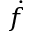
\dot { f }